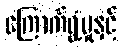
ကြောက်ရွံ့မှုနှင့်